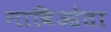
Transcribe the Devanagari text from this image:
गाविओता